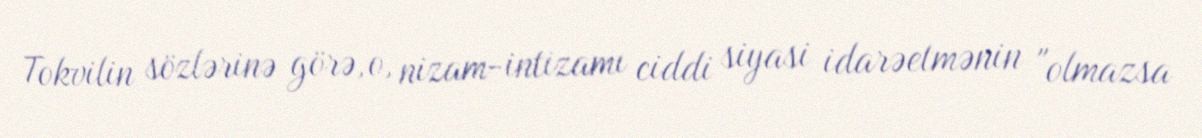
Tokvilin sözlərinə görə, o, nizam-intizamı ciddi siyasi idarəetmənin "olmazsa